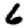
Digit: 6